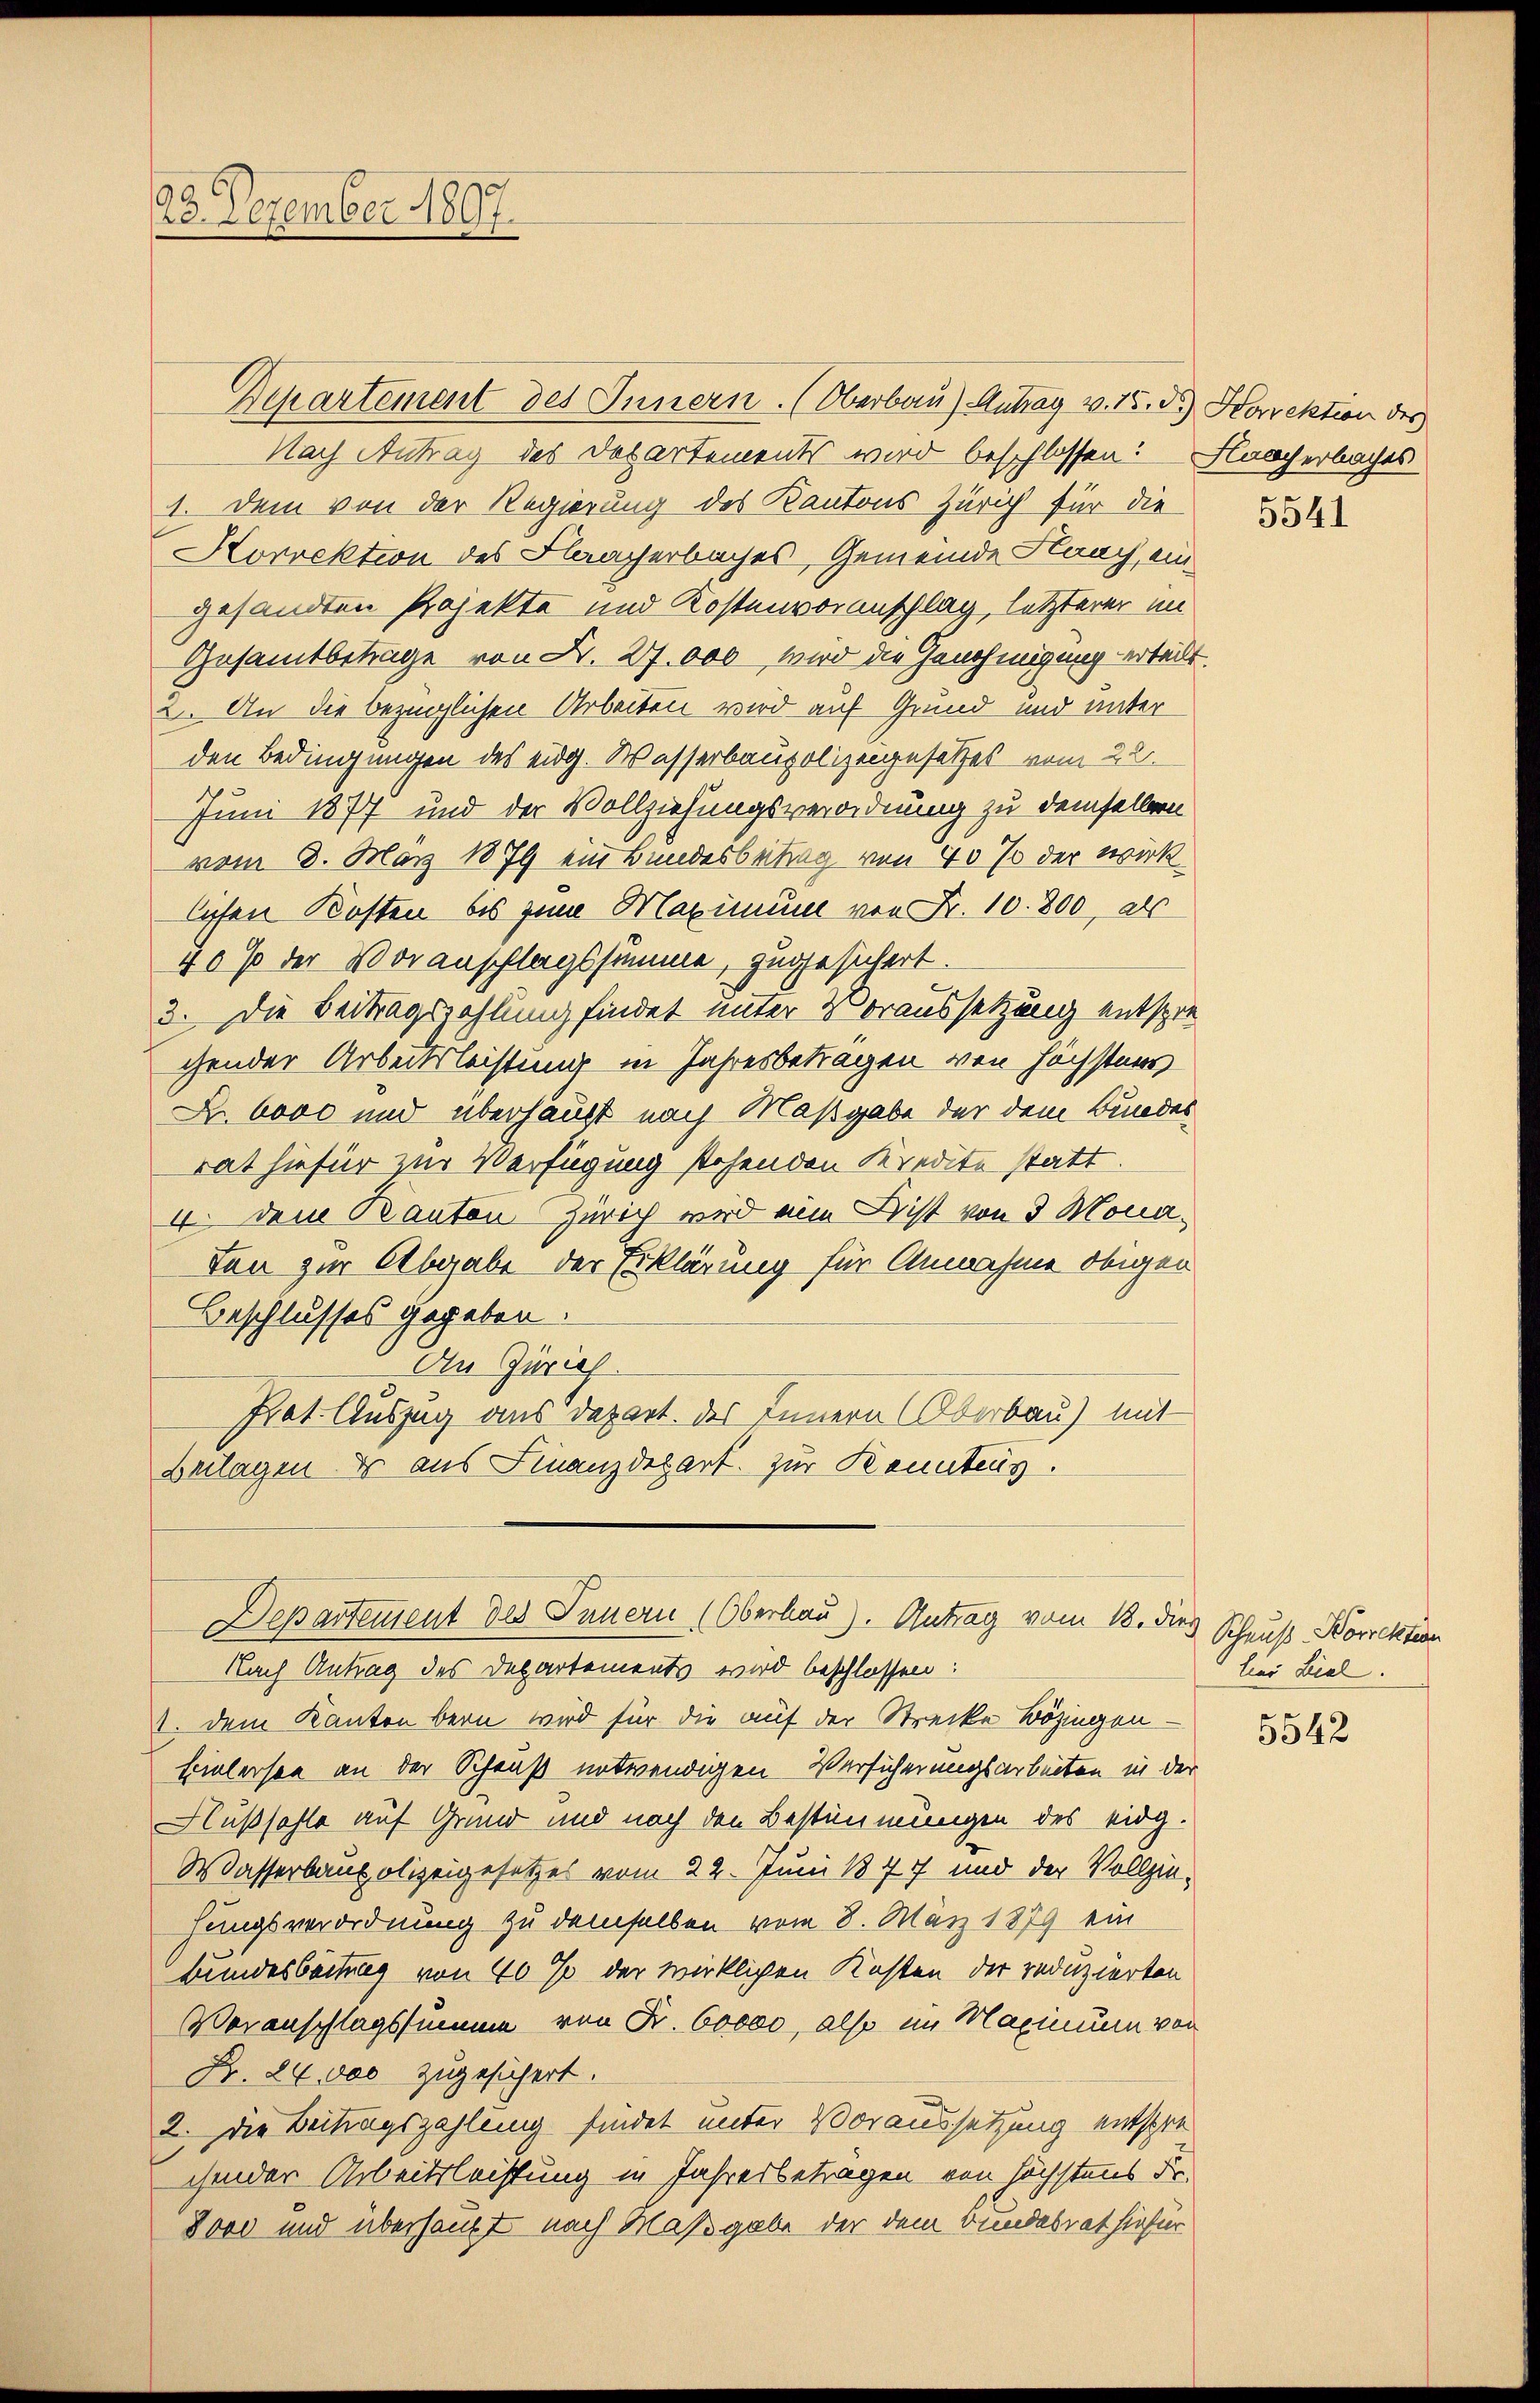
23. Dezember 1807.

Departement des Innern. (Oberbau) Antrag v. 15. d. Horrektion des
Nach Antrag des Departements wird beschlossen: Flaacherbaches
1. Dem von der Regierung des Kantons Zürich für die
Korrektion des Flaacherbaches, Gemeinde Naach, eingesandten Projekte und Kostenvoranschlag, letzterer im
Gesammtbetrage von Fr. 27.000 wird die Genehmigung erteilt.
2. An die bezüglichen Arbeiten wird auf Grund und unter
den Bedingungen des eidg. Wasserbaupolizeigesetzes vom 22.
Juni 1877 und der Vollziehungsverordnung zu demselben
vom 3. May 1879 ein Bundesbeitrag von 40 % der wirk
lichen Kosten bis zum Maximum von Fr. 10. 800, als
40 % der Voranschlagssumme, zugesichert.
3. Die Beitragszahlung findet unter Voraussetzung entsprechender Arbeitsleistung in Jahresbetragen von höchstens
R. 6000 und überhaupt nach Maßgabe der dem Bundes
rat hiefür zur Verfügung stehenden Kredite statt.
4. Dem Kanton Zürich wird ein Bist von 3 Monaten zur Abgabe der Erklärung für Annahme obiger
Beschlusses gegeben.
An Zürich
Prat. Auszug aus Depart. des Innern (Oberbau) mit
Beilagen es aus Finanzdepart. zur Kenntenus.
Departement des Innern (Oberhau). Antrag vom 12. dies Schuß Korrektion
Nach Antrag des Departements wird beschlossen:
1. dem Kanton bern wird für die auf der Strecke Bözingen-
Einlersee an der Schauß entwendigen Versicherungsarbeiten in der
Flußfahle auf Grund und nach den Bestimmungen des eidg.
Wasserbaupolizeigesetzes vom 22. Juni 1877 und der Vollziehungsverordnung zu demselben vom 8. März 1879 ein
Bundesbeitung von 40 % der wirklichen Kosten der reduzierten
Voranschlagssumme von Fr. 60000, also im Maximum von
Nr. 24,000 zugesichert.
2. Die Beitragszahlung findet unter Voraussetzung entschre
cheder Arbeitsleistung in Jahresbetragen von höchstens Fr.
8000 und überhaupt nach Maßgabe der dem Bundesrat hiefür

5541

lei Ziel.

5542